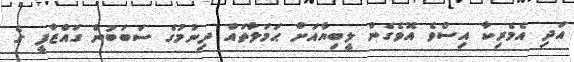
އަދި އެމެރިކާ އިސްވެ އޮވެގެން ލީބިޔާއަށް ޙަމަލާތައް ދިނުމުގެ ސަބަބުން ގައްޒާފީ ގެ